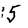
Character: 5